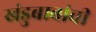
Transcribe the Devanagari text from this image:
खंडुबाबांची